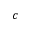
c